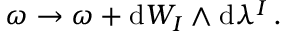
\begin{array} { r } { \omega \to \omega + \mathrm { d } W _ { I } \wedge \mathrm { d } \lambda ^ { I } \, . } \end{array}